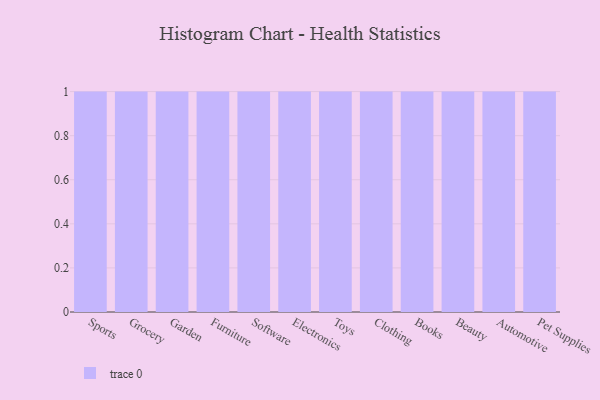
{"axis": {"x": "Category", "y": "Energy Usage (MWh)"}, "legend": [""], "data": [{"x": "Sports", "y": 29, "type": ""}, {"x": "Grocery", "y": 75, "type": ""}, {"x": "Garden", "y": 17, "type": ""}, {"x": "Furniture", "y": 13, "type": ""}, {"x": "Software", "y": 57, "type": ""}, {"x": "Electronics", "y": 53, "type": ""}, {"x": "Toys", "y": 82, "type": ""}, {"x": "Clothing", "y": 24, "type": ""}, {"x": "Books", "y": 36, "type": ""}, {"x": "Beauty", "y": 99, "type": ""}, {"x": "Automotive", "y": 25, "type": ""}, {"x": "Pet Supplies", "y": 9, "type": ""}]}